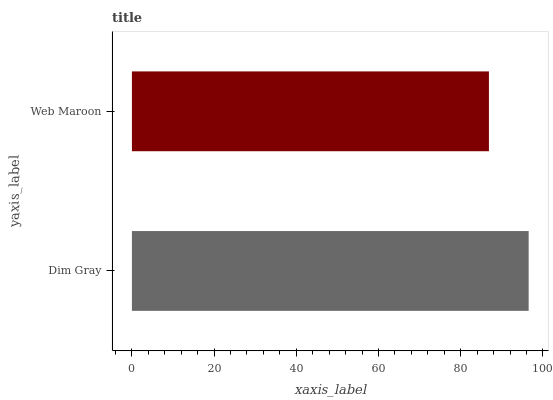
| yaxis_label | bars |
 | --- | --- |
 | Dim Gray | 96.5 |
 | Web Maroon | 86.9 |